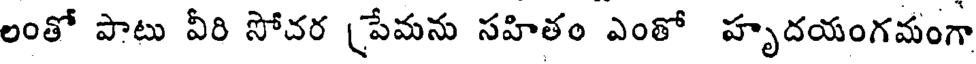
లంతో పాటు వీరి సోచర (పేమను సహితం ఎంతో హృదయంగమంగా